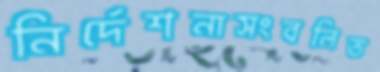
নির্দেশনাসংবলিত